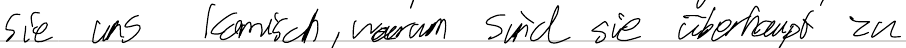
sie und komisch, warum sind die überhaupt zu